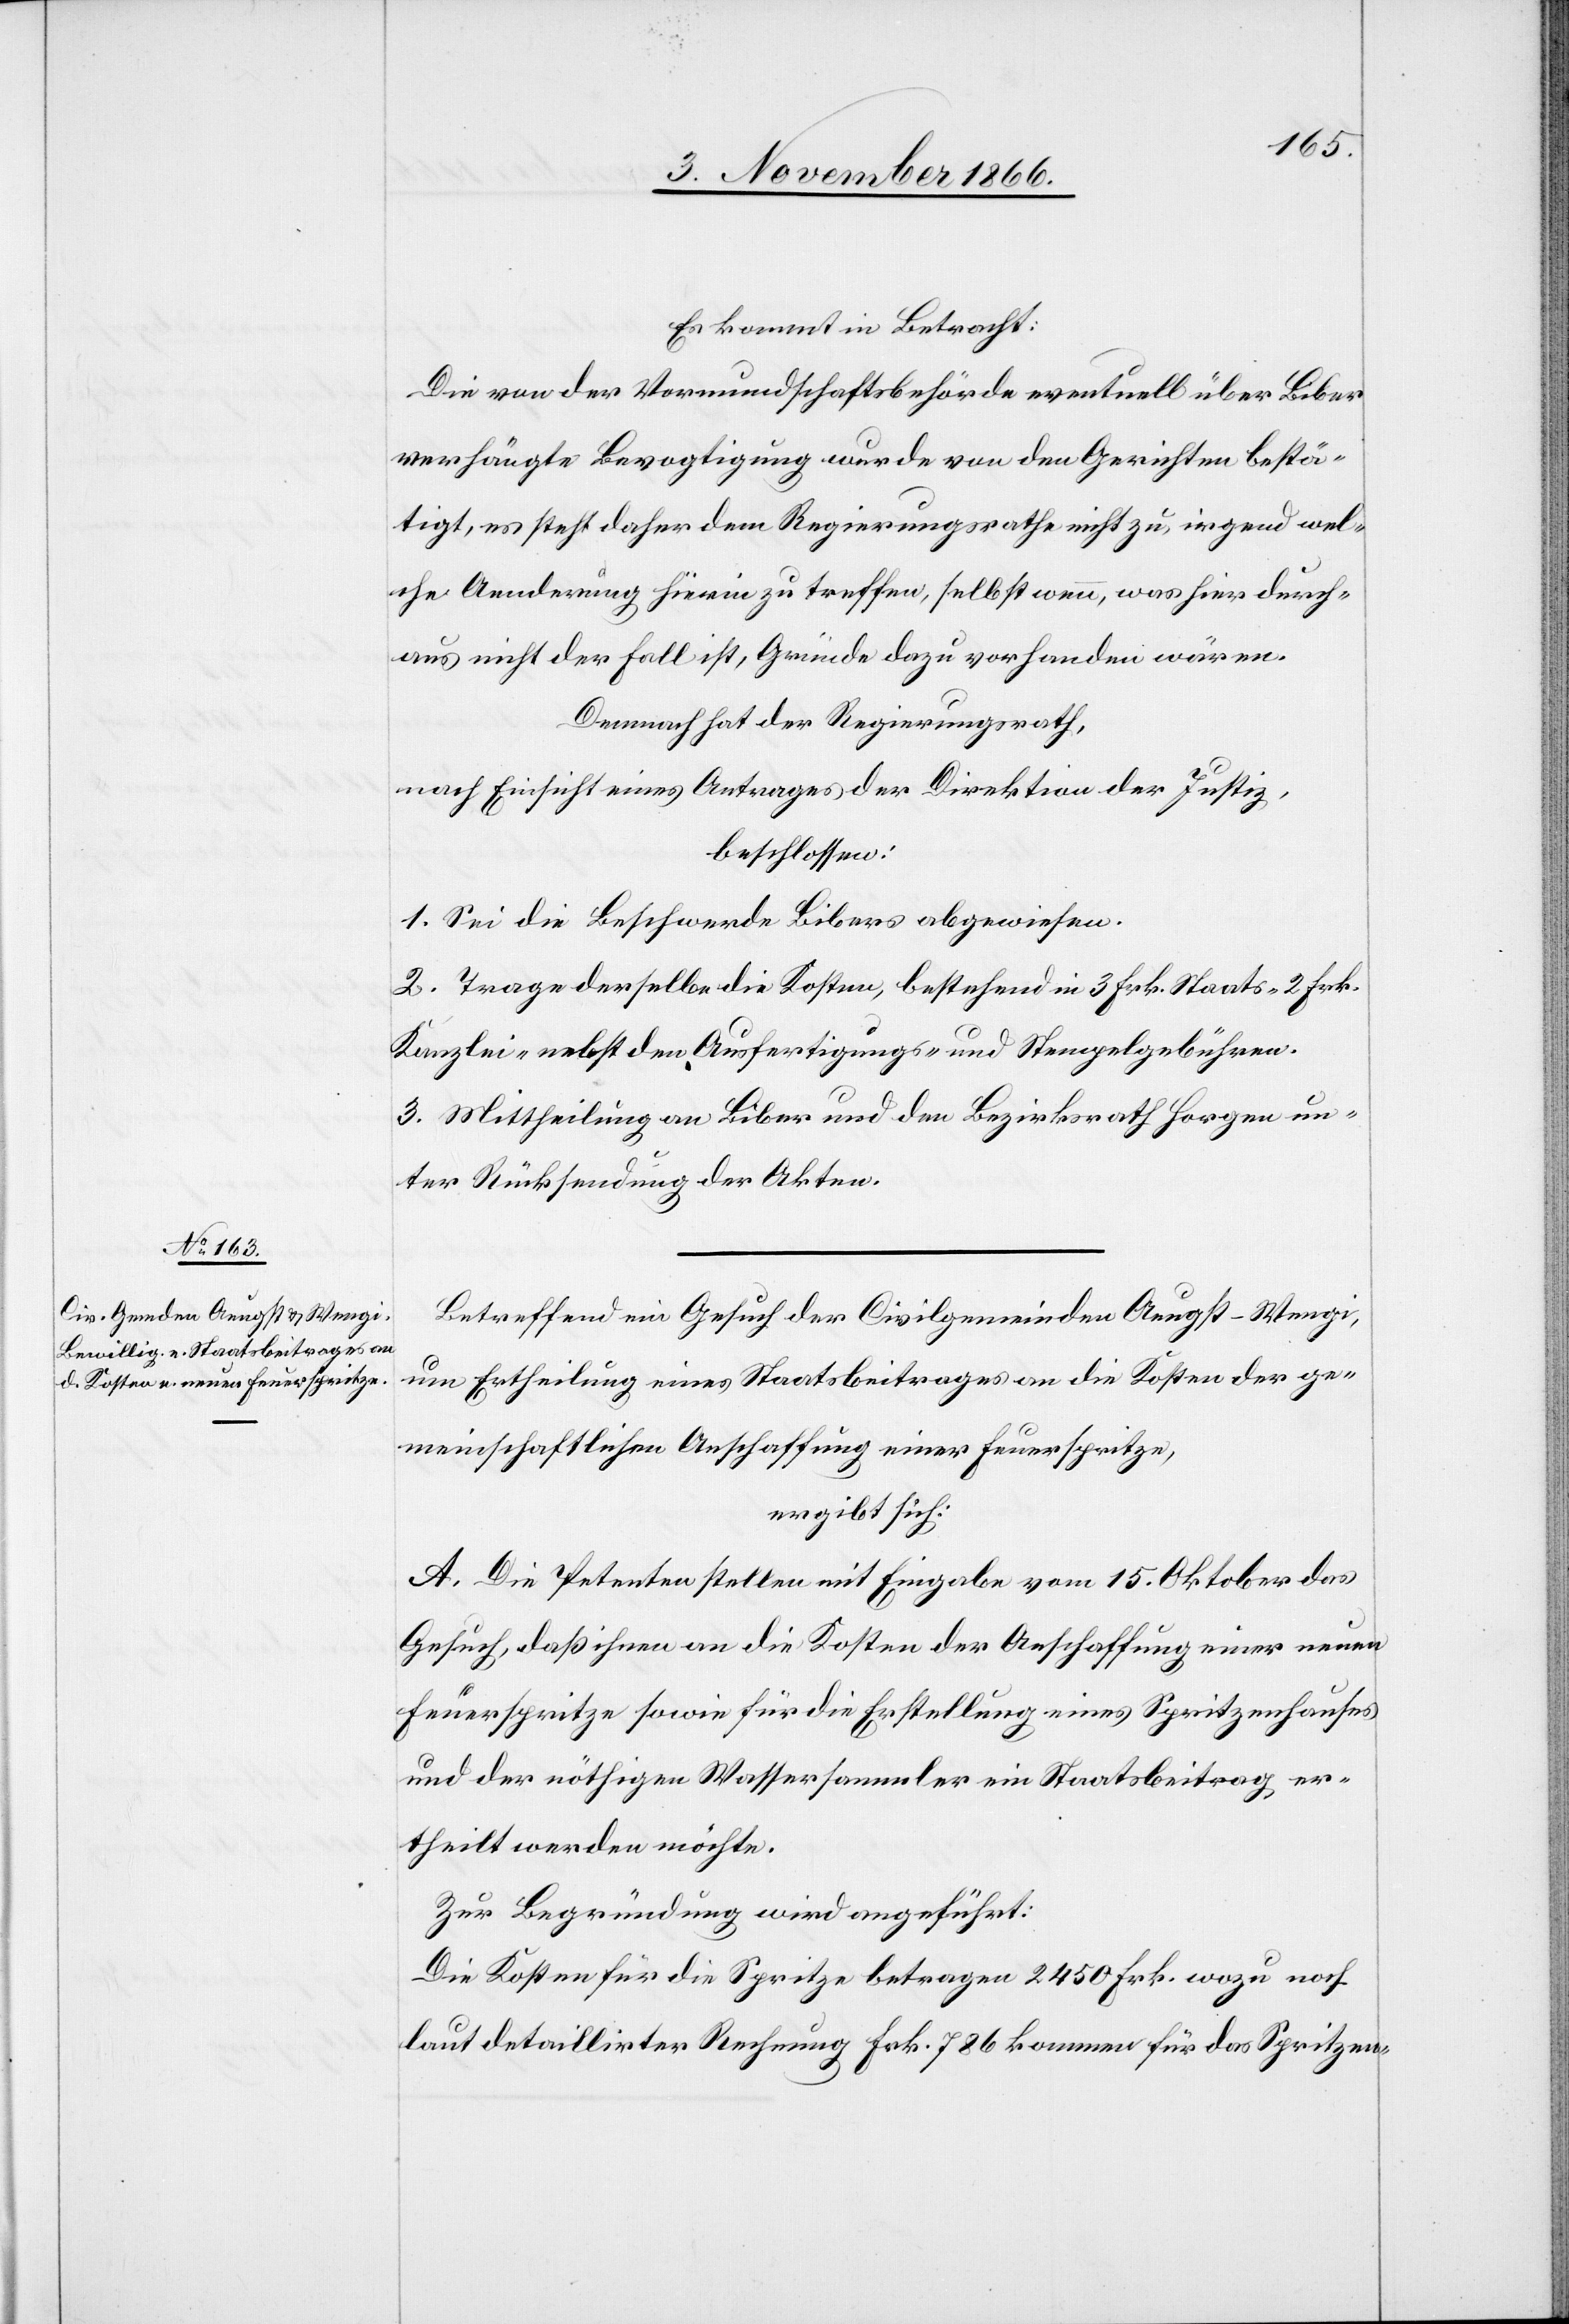
Es kommt in Betracht:
Die von der Vormundschaftsbehörde eventuell über Biber
verhängte Bevogtigung wurde von den Gerichten bestä¬
tigt, es steht daher dem Regierungsrathe nicht zu, irgend wel¬
che Aenderung hierin zu treffen, selbst wenn, was hier durch¬
aus nicht der Fall ist, Gründe dazu vorhanden wären.
Demnach hat der Regierungsrath,
nach Einsicht eines Antrages der Direktion der Justiz,
beschlossen:
1. Sei die Beschwerde Bibers abgewiesen.
2. Trage derselbe die Kosten, bestehend in 3 Frk. Staats-[,] 2 Frk.
Kanzlei- nebst den Ausfertigungs- und Stempelgebühren.
3. Mittheilung an Biber und den Bezirksrath Horgen un¬
ter Rücksendung der Akten.
Betreffend ein Gesuch der Civilgemeinden Aeugst-Wengi,
um Ertheilung eines Staatsbeitrages an die Kosten der ge¬
meinschaftlichen Anschaffung einer Feuerspritze,
ergibt sich:
A. Die Petenten stellen mit Eingabe vom 15. Oktober das
Gesuch, daß ihnen an die Kosten der Anschaffung einer neuen
Feuerspritze sowie für die Erstellung eines Spritzenhauses
und der nöthigen Wassersammler ein Staatsbeitrag er¬
theilt werden möchte.
Zur Begründung wird angeführt:
Die Kosten für die Spritze betragen 2450 Frk. wozu noch
laut detaillirter Rechnung Frk. 786 kommen für das Spritzen-